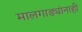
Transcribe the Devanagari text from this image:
मालगाड्यांनाही